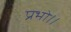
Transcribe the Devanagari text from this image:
प्रभो।।